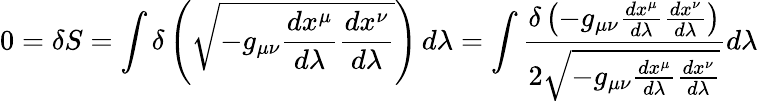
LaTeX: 0=\delta S=\int\delta\left({\sqrt{-g_{\mu\nu}{\frac{dx^{\mu}}{d\lambda}}{\frac{dx^{\nu}}{d\lambda}}}}\right)\, d\lambda=\int{\frac{\delta\left(-g_{\mu\nu}{\frac{dx^{\mu}}{d\lambda}}{\frac{dx^{\nu}}{d\lambda}}\right)}{2{\sqrt{-g_{\mu\nu}{\frac{dx^{\mu}}{d\lambda}}{\frac{dx^{\nu}}{d\lambda}}}}}}d\lambda